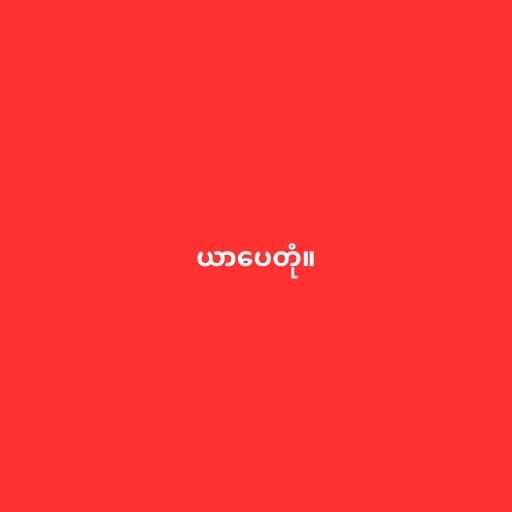
ယာပေတုံ။